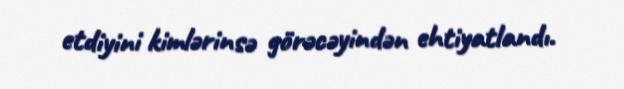
etdiyini kimlərinsə görəcəyindən ehtiyatlandı.